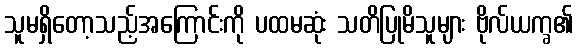
သူမရှိတော့သည့်အကြောင်းကို ပထမဆုံး သတိပြုမိသူများ ဗိုလ်ယက္ခ၏